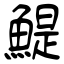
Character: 鯷